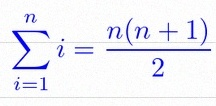
\sum_{i=1}^{n}i=\frac{n(n+1)}2